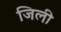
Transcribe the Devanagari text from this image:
जिली